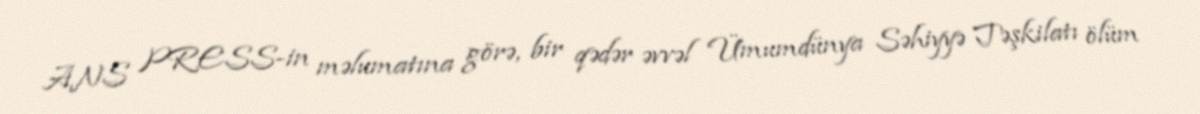
ANS PRESS-in məlumatına görə, bir qədər əvvəl Ümumdünya Səhiyyə Təşkilatı ölüm